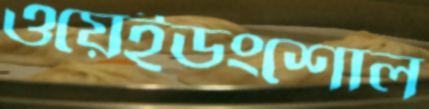
ওয়েইডংশোল